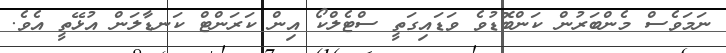
ނަމަވެސް މެންބަރުން ކަންބޮޑުވެ ވަޑައިގަތީ ސްޓެލްކޯ އިން ކަރަންޓް ކަނޑާލަން އުޅޭތީ އެވެ.